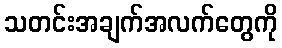
သတင်းအချက်အလက်တွေကို